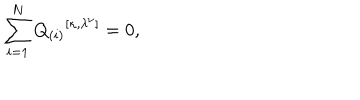
\sum _ { i = 1 } ^ { N } { Q _ { ( i ) } } ^ { [ \kappa , \lambda ^ { \nu } ] } = 0 ,